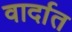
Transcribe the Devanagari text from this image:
वार्दात